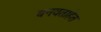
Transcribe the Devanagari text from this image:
बनवताहेत